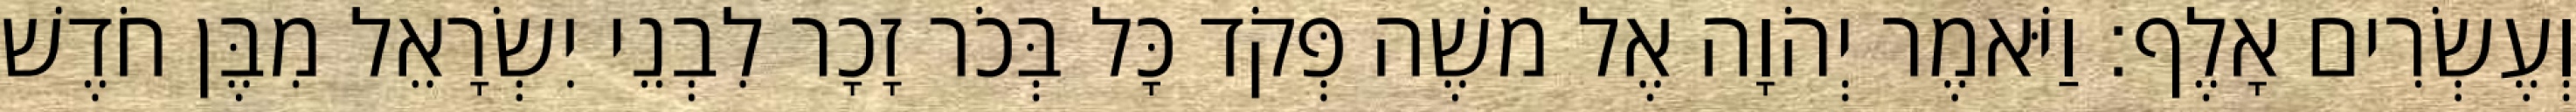
וְעֶשְׂרִים אָלֶף׃ וַיֹּאמֶר יְהֹוָה אֶל משֶׁה פְּקֹד כָּל בְּכֹר זָכָר לִבְנֵי יִשְׂרָאֵל מִבֶּן חֹדֶשׁ